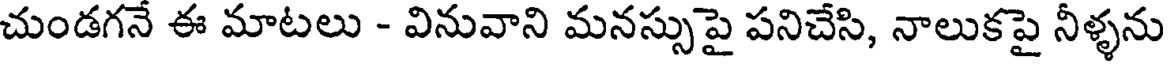
చుండగనే ఈ మాటలు - వినువాని మనస్సుపై పనిచేసి, నాలుకపై నీళ్ళను